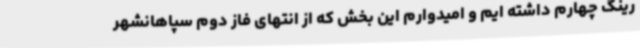
رینگ چهارم داشته ایم و امیدوارم این بخش که از انتهای فاز دوم سپاهانشهر